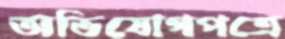
অভিযোগপত্রে